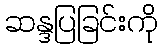
ဆန္ဒပြခြင်းကို